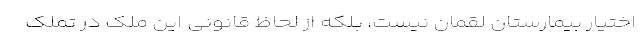
اختیار بیمارستان لقمان نیست، بلکه از لحاظ قانونی این ملک در تملک